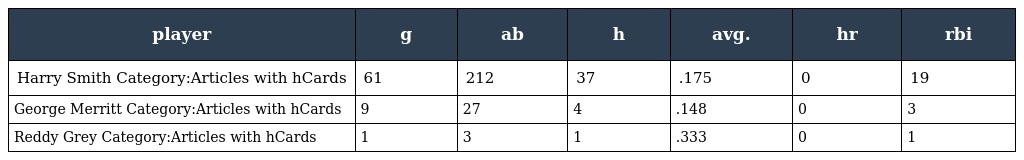
| player | g | ab | h | avg. | hr | rbi |
 | --- | --- | --- | --- | --- | --- | --- |
 | Harry Smith Category:Articles with hCards | 61 | 212 | 37 | .175 | 0 | 19 |
 | George Merritt Category:Articles with hCards | 9 | 27 | 4 | .148 | 0 | 3 |
 | Reddy Grey Category:Articles with hCards | 1 | 3 | 1 | .333 | 0 | 1 |